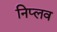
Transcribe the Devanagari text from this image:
निप्लव